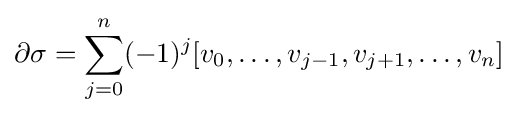
\partial \sigma =\sum _{j=0}^{n}(-1)^{j}[v_{0},\ldots ,v_{j-1},v_{j+1},\ldots ,v_{n}]